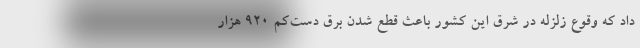
داد که وقوع زلزله در شرق این کشور باعث قطع شدن برق دست‌کم 920 هزار